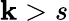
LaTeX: \mathbf{k}>s